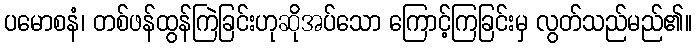
ပမောစနံ၊ တစ်ဖန်ထွန်ကြဲခြင်းဟုဆိုအပ်သော ကြောင့်ကြခြင်းမှ လွတ်သည်မည်၏။